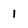
Character: 1